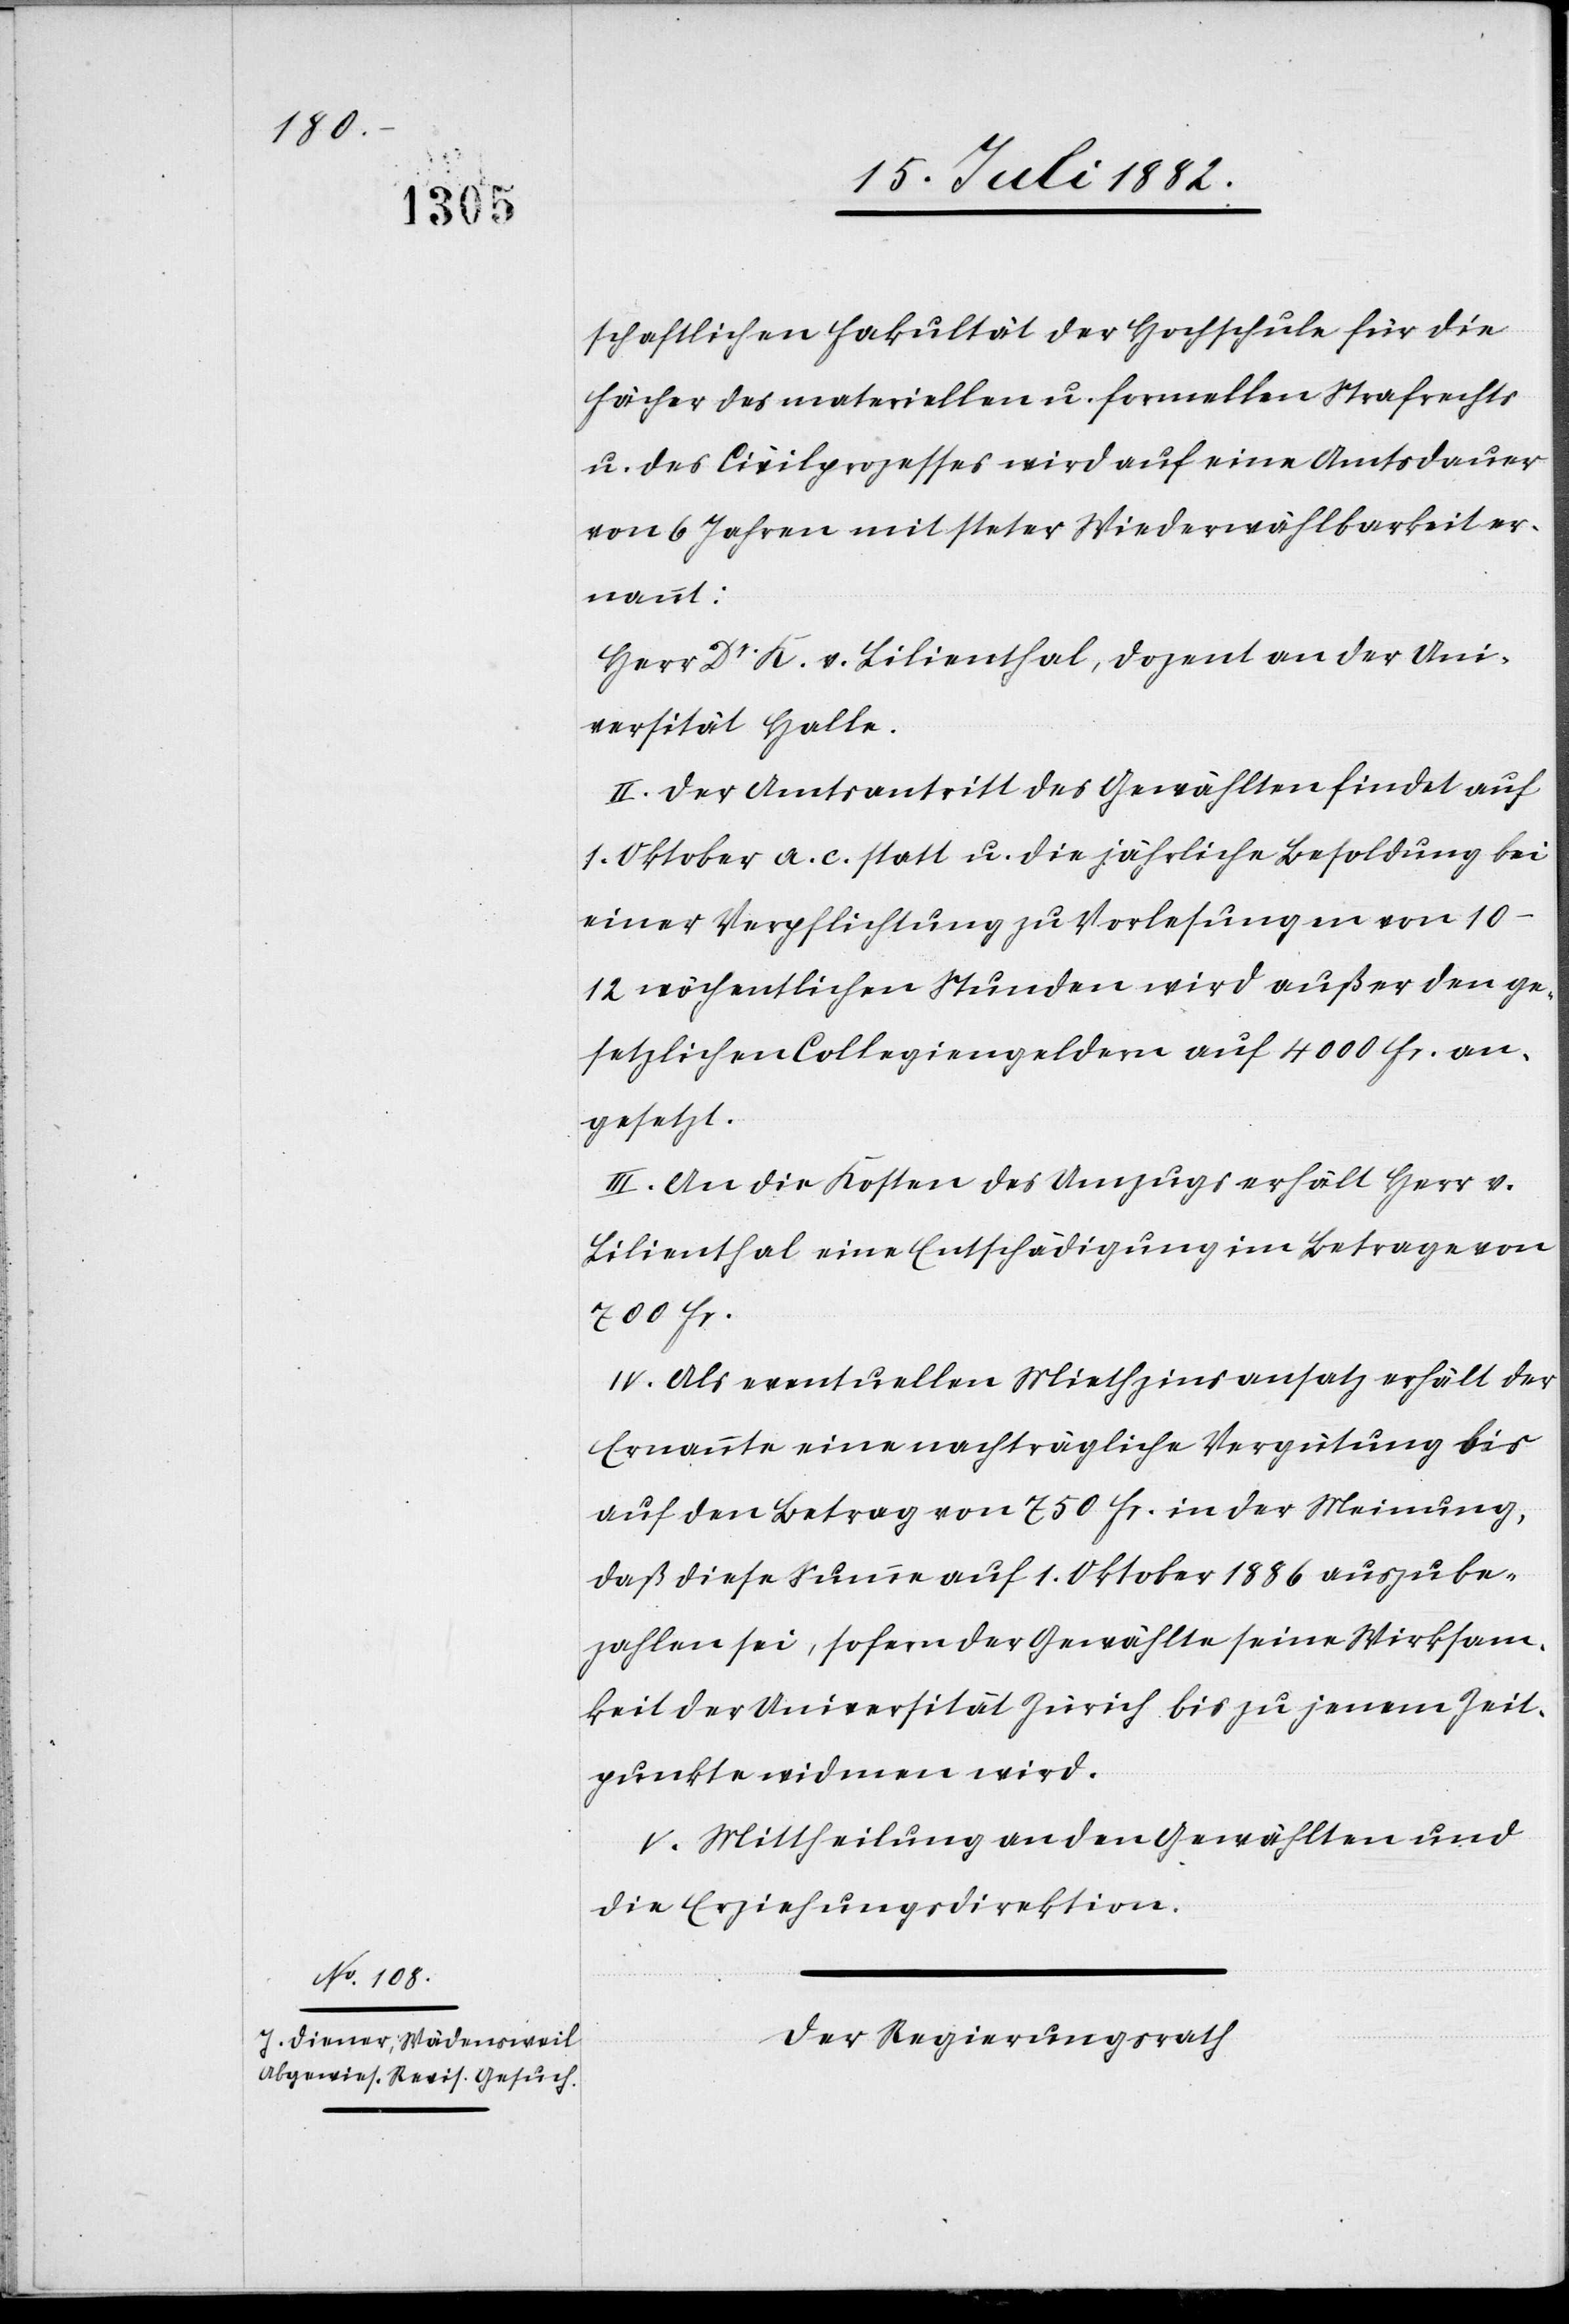
schaftlichen Fakultät der Hochschule für die
Fächer des materiellen u. formellen Strafrechts
u. des Civilprozesses wird auf eine Amtsdauer
von 6 Jahren mit steter Widerwählbarkeit er¬
nannt:
Herr Dr K. v. Lilienthal, Dozent an der Uni¬
versität Halle.
II. Der Amtsantritt des Gewählten findet auf
1. Oktober a. c. statt u. die jährliche Besoldung bei
einer Verpflichtung zu Vorlesungen von 10–12
wöchentlichen Stunden wird außer den ge¬
setzlichen Collegiengeldern auf 4000 Fr. an¬
gesetzt.
III. An die Kosten des Umzuges erhält Herr v.
Lilienthal eine Entschädigung im Betrage von
700 Fr.
IV. Als eventuellen Miethzinsansatz erhält der
Ernannte eine nachträgliche Vergütung bis
auf den Betrag von 750 Fr. in der Meinung,
daß diese Summe auf 1. Oktober 1886 auszube¬
zahlen sei, sofern der Gewählte seine Wirksam¬
keit der Universität Zürich bis zu jenem Zeit¬
punkte widmen wird.
V. Mittheilung an den Gewählten und
die Erziehungsdirektion.
Der Regierungsrath